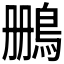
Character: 𫚷